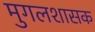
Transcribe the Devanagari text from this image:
मुगलशासक